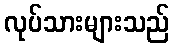
လုပ်သားများသည်